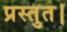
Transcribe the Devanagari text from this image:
प्रस्तुत।